Source: Handwritten
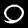
Digit: ၀ (0)